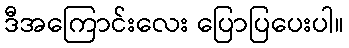
ဒီအကြောင်းလေး ပြောပြပေးပါ။